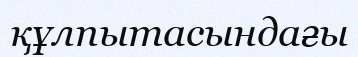
құлпытасындағы